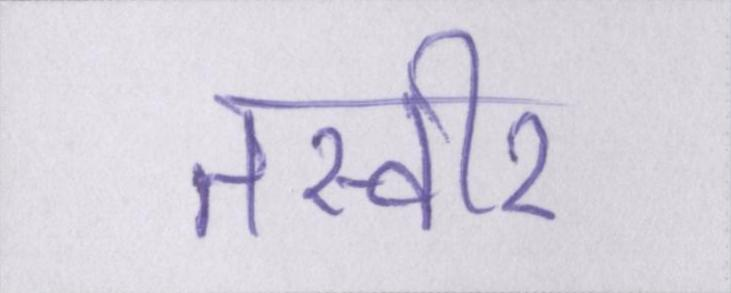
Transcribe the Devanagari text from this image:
तस्वीर